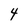
Character: 4